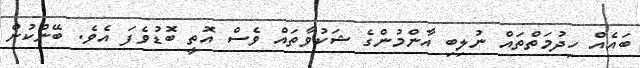
ބައެއް ހިދުމަތްތައް ނުލިބި އާންމުންގެ ޝަކުވާތައް ވެސް އޮތީ ބޮޑުވެފަ އެވެ. ބޭންކުން